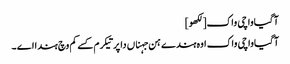
آگیاواچی واک[لکھو]
آگیاواچی واک اوہ ہندے ہن جہناں دا پرتیکرم کسے کم وچ ہندا اے ۔